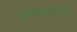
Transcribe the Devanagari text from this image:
वर्णव्यवस्थेला